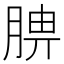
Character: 腗